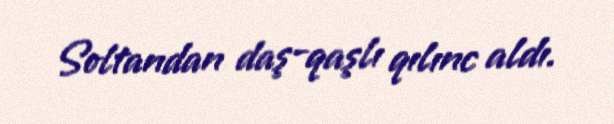
Soltandan daş-qaşlı qılınc aldı.